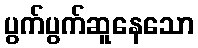
ပွက်ပွက်ဆူနေသော